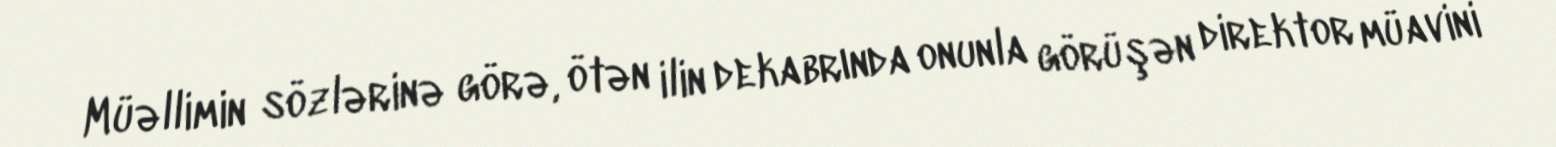
Müəllimin sözlərinə görə, ötən ilin dekabrında onunla görüşən direktor müavini